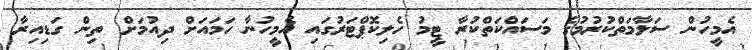
އެމީހުން ސަލާމަތްކުރުމުގެ މަސައްކަތްކުރާ ޓީމު ހެލިކޮޕްޓަރުގައި އެމީހުނާ ހަމައަށް ދިއުމަށް ތިން ގަޑިއިރާ